Indian journal of veterinary science and animal husbandry - Volume 10,
Year: 1940
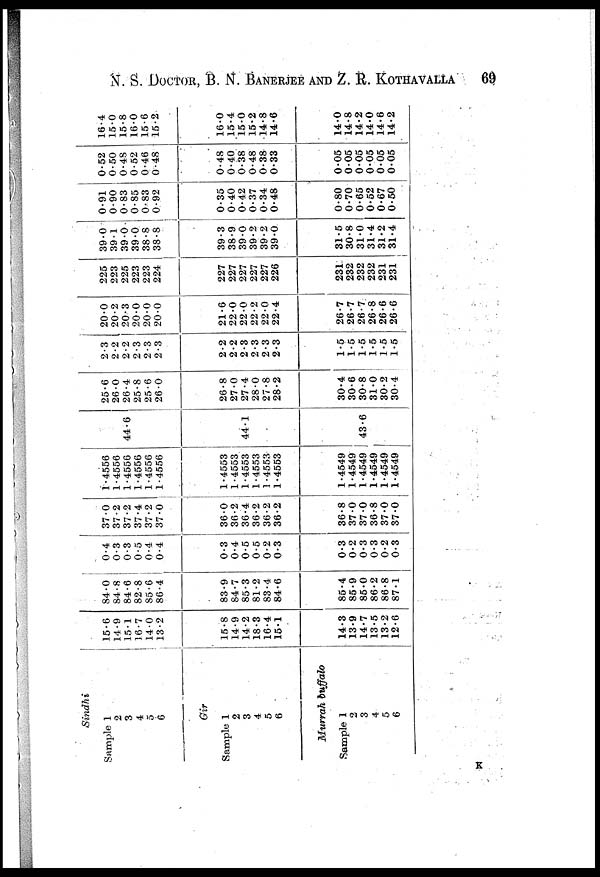
N. S. DOCTOR, B. N. BANERJEE AND Z. R. KOTHAVALLA 69
Sindhi
Sample 1
2
3
4
5
6
Gir
Sample 1
2
3
4
5
6
Murrah buffalo
Sample 1
2
3
4
5
6
15.6
14.9
15.1
16.7
14.0
13.2
15.8
14.9
14.2
18.3
16.4
15.1
14.3
13.9
14.7
13.5
13.2
12.6
84.0
84.8
84.6
82.8
85.6
86.4
83.9
84.7
85.3
81.2
83.4
84.6
85.4
85.9
85.0
86.2
86.8
87.1
0.4
0.3
0.3
0.5
0.4
0.4
0.3
0.4
0.5
0.5
0.2
0.3
0.3
0.2
0.3
0.3
0.2
0.3
37.0
37.2
37.2
37.4
37.2
37.0
36.0
36.2
36.4
36.2
36.2
36.2
36.8
37.0
370
36.8
37.0
37.0
1.4556
1.4556
1.4556
1.4556
1.4556
1.4556
1.4553
1.4553
1.4553
1.4553
1.4553
1.4553
1.4549
1.4549
1.4549
1.4549
1.4549
1.4549
44.6
44.1
43.6
25.6
26.0
26.4
25.8
25.6
26.0
26.8
27.0
27.4
28.0
27.8
28.2
30.4
30.6
30.8
31.0
30.2
30.4
2.3
2.2
2.2
2.3
2.3
2.3
2.2
2.2
2.3
2.3
2.3
2.3
1.5
1.5
1.5
1.5
1.5
1.5
20.0
20.2
20.3
20.0
20.0
20.0
21.6
22.0
22.0
22.2
22.0
22.4
26.7
26.7
26.7
26.8
26.6
26.6
225
223
225
223
223
224
227
227
227
227
227
226
231
232
232
232
231
231
39.0
39.1
39.0
39.0
38.8
38.8
39.3
38.9
39.0
39.2
39.2
39.0
31.5
30.8
31.0
31.4
31.2
31.4
0.91
0.90
0.83
0.85
0.83
0.92
0.35
0.40
0.42
0.37
0.34
0.48
0.80
0.70
0.65
0.52
0.67
0.50
0.52
0.50
0.48
0.52
0.46
0.48
0.48
0.40
0.38
0.48
0.38
0.33
0.05
005
0.05
0.05
0.05
0.05
16.4
15.0
15.8
16.0
15.6
15.2
16.0
15.4
150
15.2
14.8
14.6
14.0
14.8
14.2
14.0
14.6
14.2
K